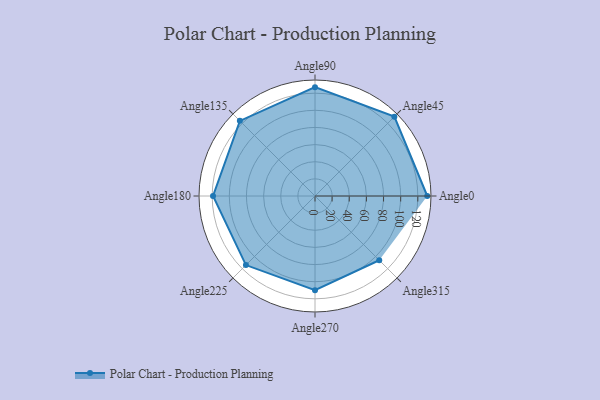
{"axis": {"x": "Angle", "y": "Radius"}, "legend": [""], "data": [{"x": "Angle0", "y": 131.0, "type": ""}, {"x": "Angle45", "y": 131.0, "type": ""}, {"x": "Angle90", "y": 127.0, "type": ""}, {"x": "Angle135", "y": 124.0, "type": ""}, {"x": "Angle180", "y": 119.0, "type": ""}, {"x": "Angle225", "y": 114.0, "type": ""}, {"x": "Angle270", "y": 110.0, "type": ""}, {"x": "Angle315", "y": 106.0, "type": ""}]}